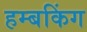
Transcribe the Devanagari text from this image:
हम्बकिंग